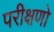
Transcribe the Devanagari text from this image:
परीक्षणो